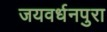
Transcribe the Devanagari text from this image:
जयवर्धनपुरा